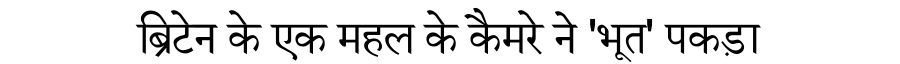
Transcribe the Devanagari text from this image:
ब्रिटेन के एक महल के कैमरे ने 'भूत' पकड़ा